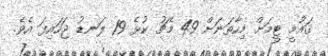
ޤައުމީ ޓީމަށް މިހާތަނަށް 49 މެޗު ކުޅެ 19 ލަނޑު ޖަހައިފަ އެވެ.